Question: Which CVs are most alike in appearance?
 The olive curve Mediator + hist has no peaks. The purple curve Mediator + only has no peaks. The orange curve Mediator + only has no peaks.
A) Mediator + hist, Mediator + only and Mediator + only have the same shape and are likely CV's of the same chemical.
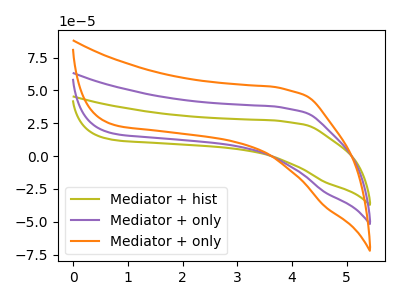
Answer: <think>Neither "Mediator + hist" or "Mediator + only" have any peaks. Neither "Mediator + hist" or "Mediator + only" have any peaks. Neither "Mediator + only" or "Mediator + only" have any peaks.
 </think>
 <answer>A) "Mediator + hist", "Mediator + only" and "Mediator + only" have the same shape and are likely CV's of the same chemical.</answer>
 <eval>A</eval>